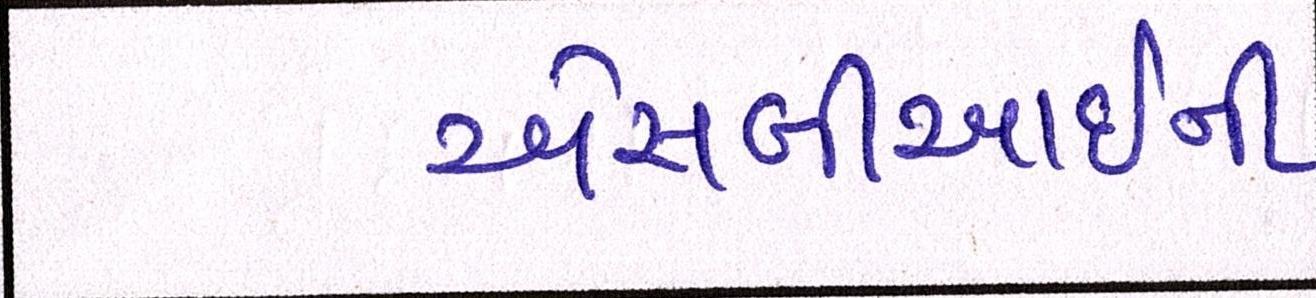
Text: એસબીઆઇની